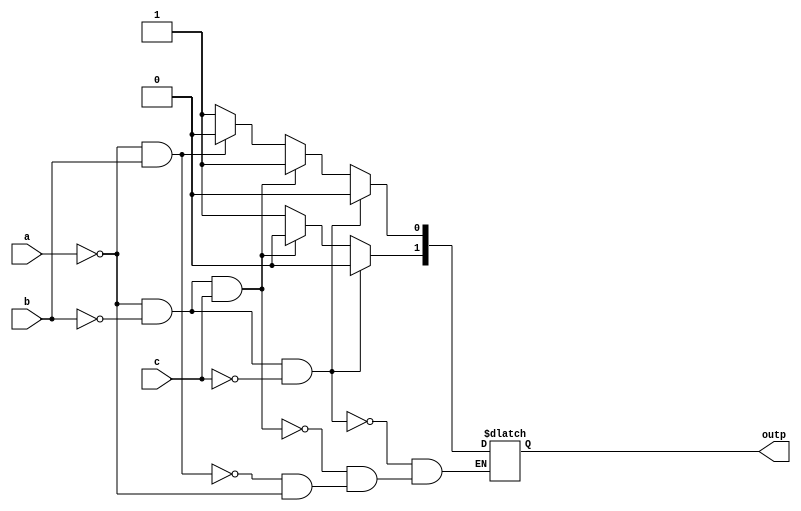
`timescale 1ns / 1ps
//////////////////////////////////////////////////////////////////////////////////
// Company: 
// Engineer: 
// 
// Design Name: 
// Module Name:    encoder_behavioral 
// Project Name: 
// Target Devices: 
// Tool versions: 
// Description: 
//
// Dependencies: 
//
// Revision: 
// Revision 0.01 - File Created
// Additional Comments: 
//
//////////////////////////////////////////////////////////////////////////////////
module encoder_behavioral(
	 input a,
	 input b,
	 input c,
	 output reg [1:0] outp
    );

always @ (a,b,c)
	begin
		if(a==0 && b==0 && c==0)             //for 000 -> 00
			begin
				outp[1]<=0;
				outp[0]<=0;
			end
		else if (a==0 && b==0 && c==1)      //for 001  --> 01
			begin
				outp[1]<=0;
				outp[0]<=1;
			end
		else if (a==0 && b==1)              //for 010,011  --> 10
			begin
				outp[1]<=1;
				outp[0]<=0;
			end
		else if (a==1)     		           //for 100,101,110,111  --> 11
			begin
				outp[1]<=1;
				outp[0]<=1;
			end
	end
endmodule